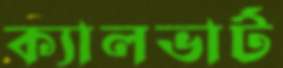
ক্যালভার্ট